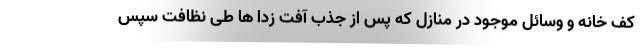
کف خانه و وسائل موجود در منازل که پس از جذب آفت زدا ها طی نظافت سپس